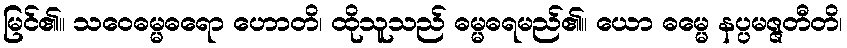
မြင်၏။ သဝေဓမ္မဓရော ဟောတိ၊ ထိုသူသည် ဓမ္မဓရမည်၏။ ယော ဓမ္မေ နပ္ပမဇ္ဇတီတိ၊